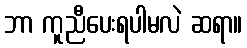
ဘာ ကူညီပေးရပါမလဲ ဆရာ။